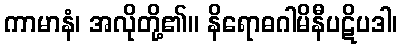
ကာမာနံ၊ အလိုတို့၏။ နိရောဓဂါမိနီပဋိပဒါ၊